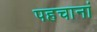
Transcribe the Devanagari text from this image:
पहचानां